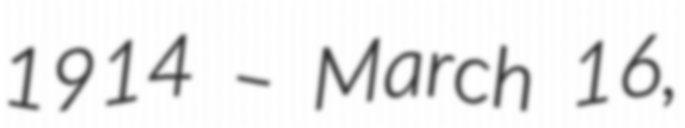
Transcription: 1914 – March 16,